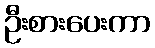
ဦးစားပေးကာ